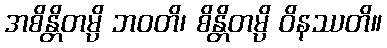
အစိန္တိတမ္ပိ ဘဝတိ၊ စိန္တိတမ္ပိ ဝိနဿတိ။